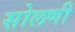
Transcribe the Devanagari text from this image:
सोलणी